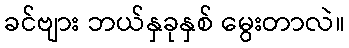
ခင်ဗျား ဘယ်နှခုနှစ် မွေးတာလဲ။